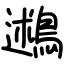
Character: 鶐